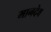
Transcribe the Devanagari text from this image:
मानदेव